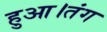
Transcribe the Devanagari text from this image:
हुआ।तंग